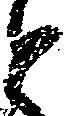
と